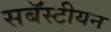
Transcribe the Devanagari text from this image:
सबॅस्टीयन